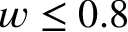
w \le 0 . 8